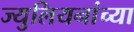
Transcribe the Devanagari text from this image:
ज्युलियनांच्या